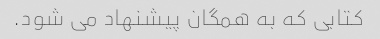
کتابی که به همگان پیشنهاد می شود.